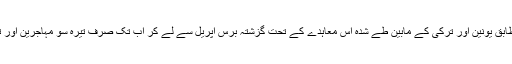
یورپی یونین کی بیرونی سرحدوں کے نگران ادارے ’فرنٹیکس‘ کے مطابق یونین اور ترکی کے مابین طے شدہ اس معاہدے کے تحت گزشتہ برس اپریل سے لے کر اب تک صرف تیرہ سو مہاجرین اور تارکین وطن کو یونان سے ملک بدر کر کے واپس ترکی بھیجا گیا ہے۔